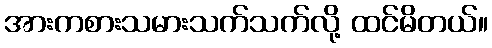
အားကစားသမားသက်သက်လို့ ထင်မိတယ်။